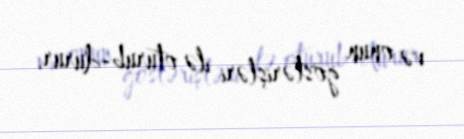
və onun göstərişləri ilə oturub-durur.